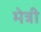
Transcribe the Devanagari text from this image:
मेत्री